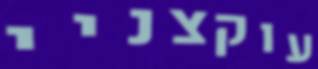
עוקצניי